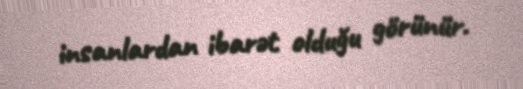
insanlardan ibarət olduğu görünür.